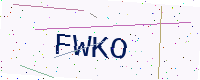
Text: FWKO